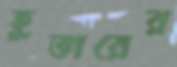
হুভারের